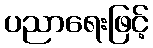
ပညာရေးဖြင့်